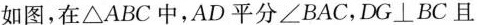
如图，在\Delta ABC中，AD平分∠BAC，DG\perp BC且